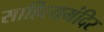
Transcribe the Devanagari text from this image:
साहित्यमंदिर